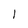
Character: l